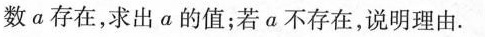
数a存在，求出α的值；若a不存在，说明理由。